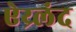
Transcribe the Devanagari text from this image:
ऐय्र्लंद